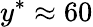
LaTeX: y^{*}\approx 60